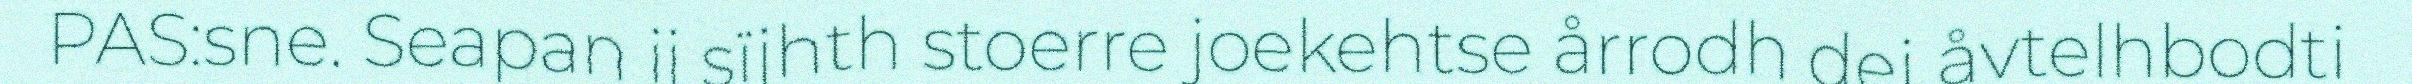
PAS:sne. Seapan ij sïjhth stoerre joekehtse årrodh dej åvtelhbodti